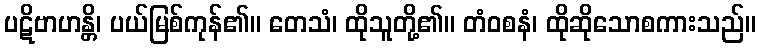
ပဋိဗာဟန္တိ၊ ပယ်မြစ်ကုန်၏။ တေသံ၊ ထိုသူတို့၏။ တံဝစနံ၊ ထိုဆိုသောစကားသည်။